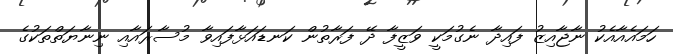
ހަމައެއާއެކު ނާޖާއިޒު ފައިދާ ނެގުމަކީ ވަޒީފާ ދޭ ފަރާތުން ކަނޑައަޅާފައިވާ މުސާރައާއި ނިނާޔަތްތަކުގެ